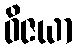
ဝိဇယာ